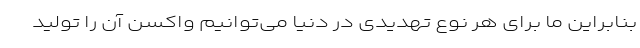
بنابراین ما برای هر نوع تهدیدی در دنیا می‌توانیم واکسن آن را تولید